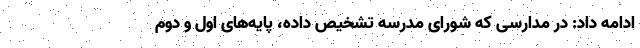
ادامه داد: در مدارسی که شورای مدرسه تشخیص داده، پایه‌های اول و دوم